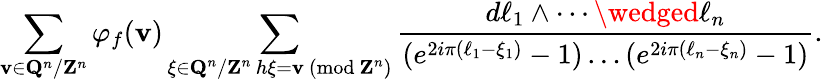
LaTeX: \sum_{\mathbf{v}\in\mathbf{{Q}}^{n}/\mathbf{{Z}}^{n}}\varphi_{f}(\mathbf{v})\sum_{\substack{\xi\in\mathbf{{Q}}^{n}/\mathbf{{Z}}^{n}\, h\xi=\mathbf{v}\ (\mathrm{{mod}}\ \mathbf{{Z}}^{n})}}\frac{{d\ell_{1}\wedge\cdots\wedged\ell_{n}}}{{(e^{2i\pi(\ell_{1}-\xi_{1})}-1)\ldots(e^{2i\pi(\ell_{n}-\xi_{n})}-1)}}.